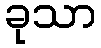
ခုသာ